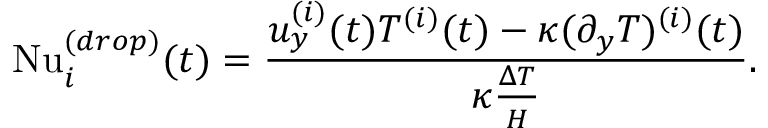
\mathrm { N u } _ { i } ^ { ( d r o p ) } ( t ) = \frac { u _ { y } ^ { ( i ) } ( t ) T ^ { ( i ) } ( t ) - \kappa ( \partial _ { y } T ) ^ { ( i ) } ( t ) } { \kappa \frac { \Delta T } { H } } .